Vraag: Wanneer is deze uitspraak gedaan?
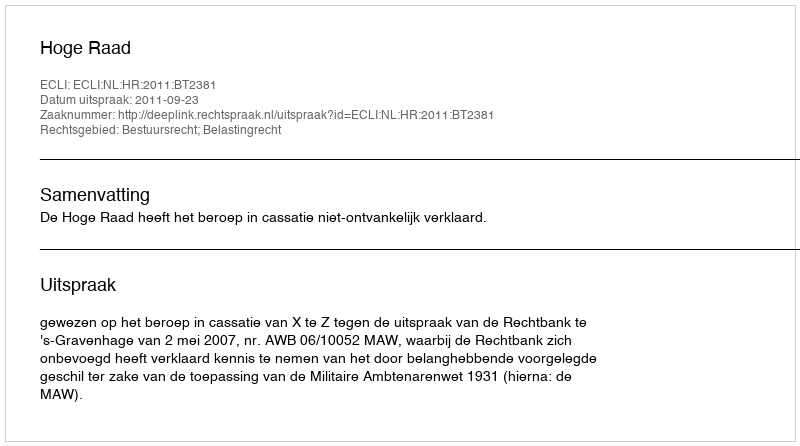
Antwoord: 2011-09-23